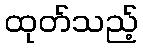
ထုတ်သည့်